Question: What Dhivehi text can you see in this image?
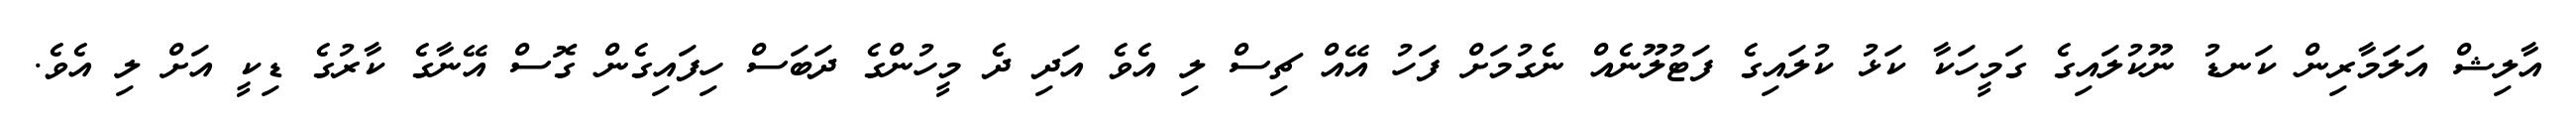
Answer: އާލިޝް އަލަމާރިން ކަނޑު ނޫކުލައިގެ ގަމީހަކާ ކަޅު ކުލައިގެ ފަޓުލޫނެއް ނެގުމަށް ފަހު އޭއް ޗިސް ލި އެވެ އަދި ދެ މީހުންގެ ދަބަސް ހިފައިގެން ގޮސް އޭނާގެ ކާރުގެ ޑިކީ އަށް ލި އެވެ.